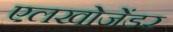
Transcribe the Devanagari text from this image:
एलखोजेंडर